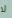
لا